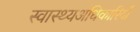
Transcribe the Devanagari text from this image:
स्वास्थ्यअधिकारियों